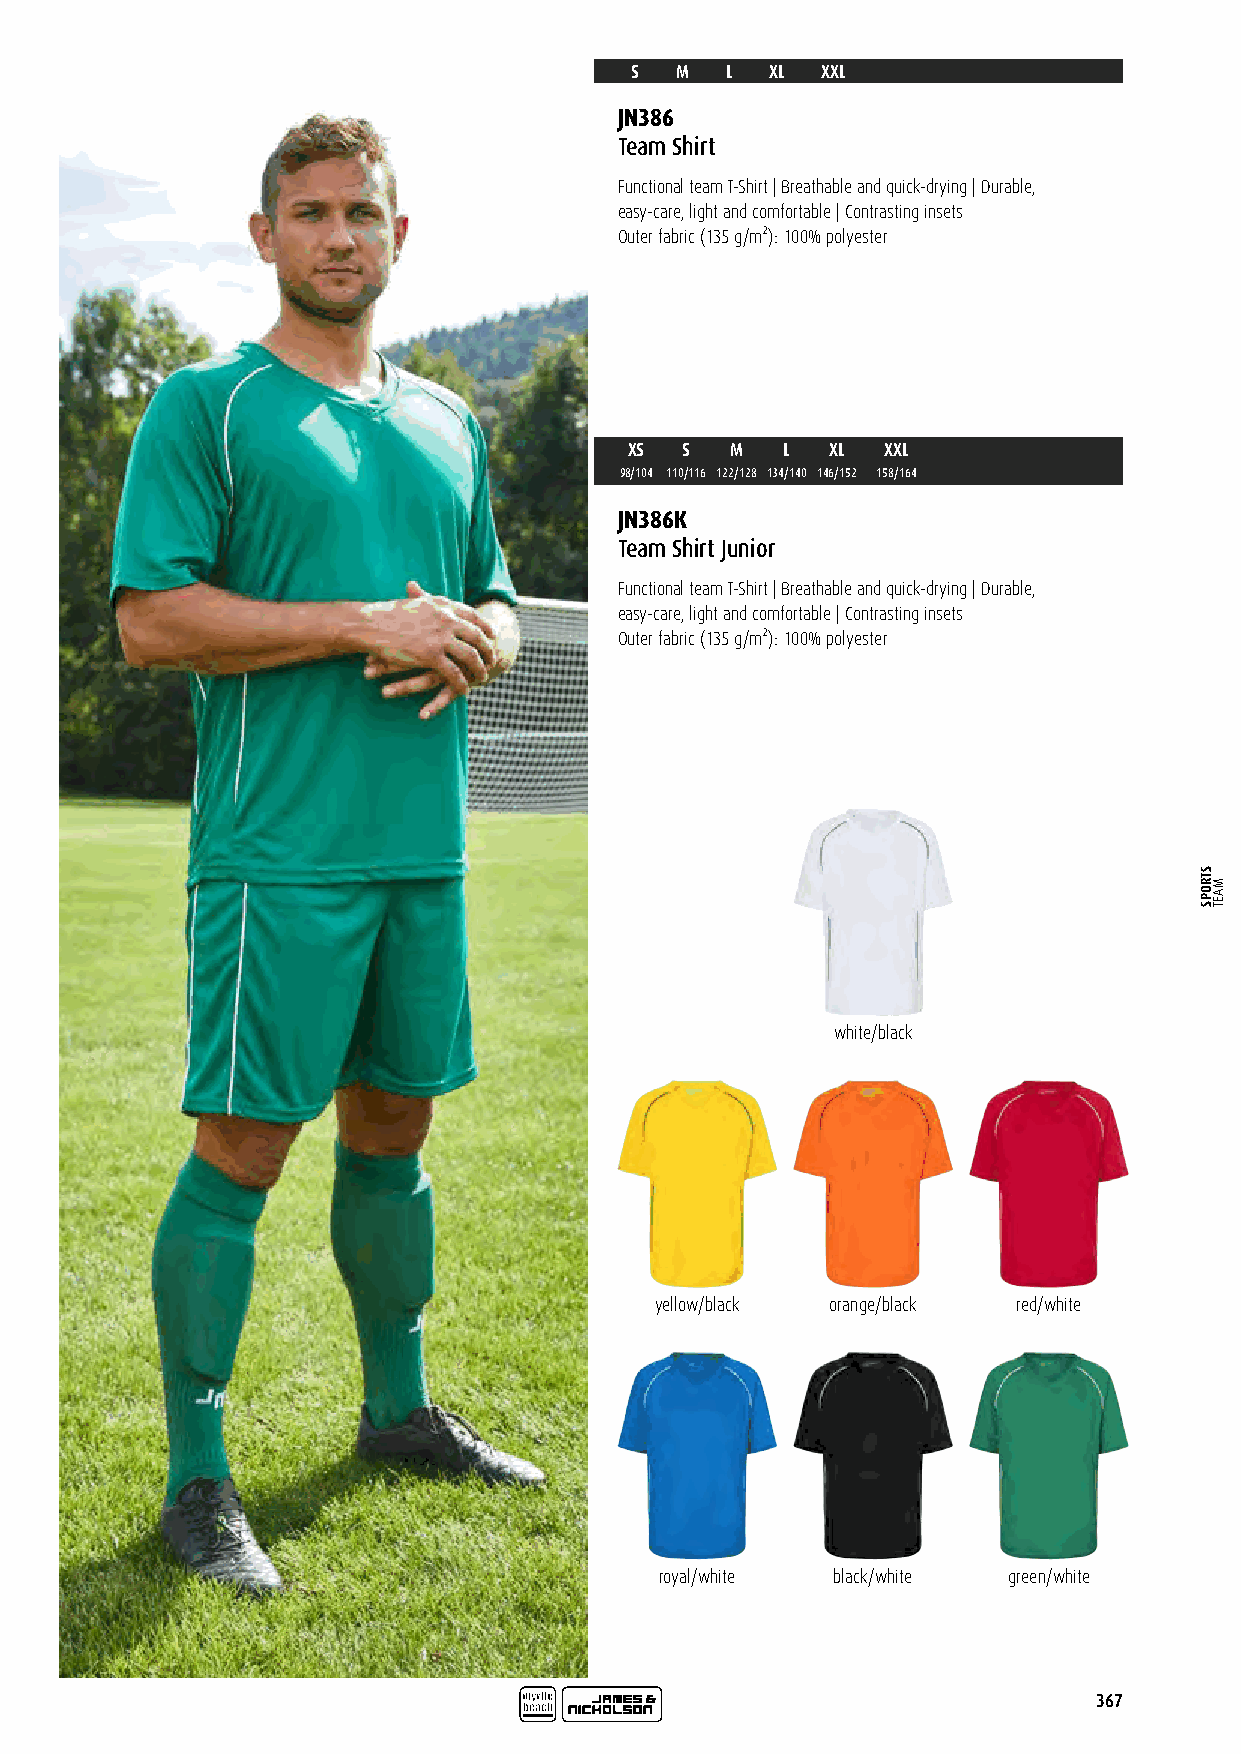
S  M  L  XL XXL
 JN386
 Team Shirt
 Functional team T-Shirt | Breathable and quick-drying | Durable,
 easy-care, light and comfortable | Contrasting insets
 Outer fabric (135 g/m²): 100% polyester
 XS S  M   L  XL  XXL
 98/104 110/116 122/128 134/140 146/152 158/164
 JN386K
 Team Shirt Junior
 Functional team T-Shirt | Breathable and quick-drying | Durable,
 easy-care, light and comfortable | Contrasting insets
 Outer fabric (135 g/m²): 100% polyester
 white/black
 yellow/black orange/black red/white
 royal/white black/white green/white
 367
 STROPS
 MAET